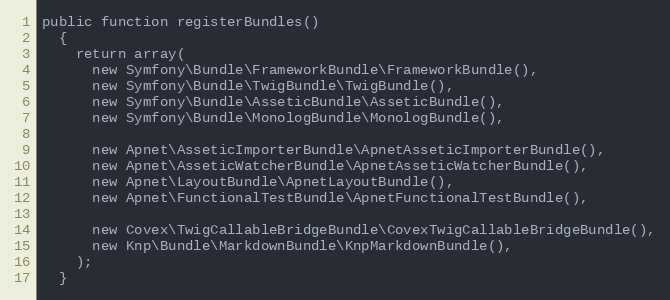
Language: PHP
public function registerBundles()
  {
    return array(
      new Symfony\Bundle\FrameworkBundle\FrameworkBundle(),
      new Symfony\Bundle\TwigBundle\TwigBundle(),
      new Symfony\Bundle\AsseticBundle\AsseticBundle(),
      new Symfony\Bundle\MonologBundle\MonologBundle(),

      new Apnet\AsseticImporterBundle\ApnetAsseticImporterBundle(),
      new Apnet\AsseticWatcherBundle\ApnetAsseticWatcherBundle(),
      new Apnet\LayoutBundle\ApnetLayoutBundle(),
      new Apnet\FunctionalTestBundle\ApnetFunctionalTestBundle(),

      new Covex\TwigCallableBridgeBundle\CovexTwigCallableBridgeBundle(),
      new Knp\Bundle\MarkdownBundle\KnpMarkdownBundle(),
    );
  }